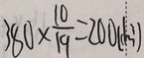
3 8 0 \times \frac { 1 0 } { 1 9 } = 2 0 0 ( d m ^ { 3 } )